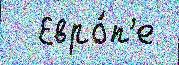
  Евро́п'е